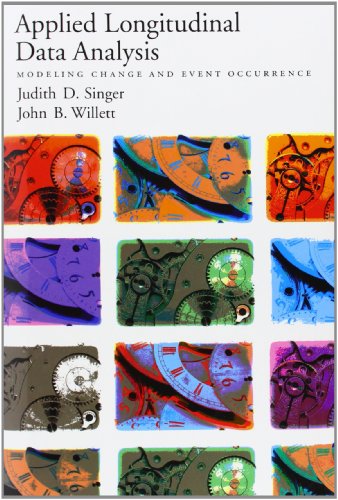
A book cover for Applied Longitudinal Data Analysis: Modeling Change and Event Occurrence; Judith D. Singer; Medical Books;